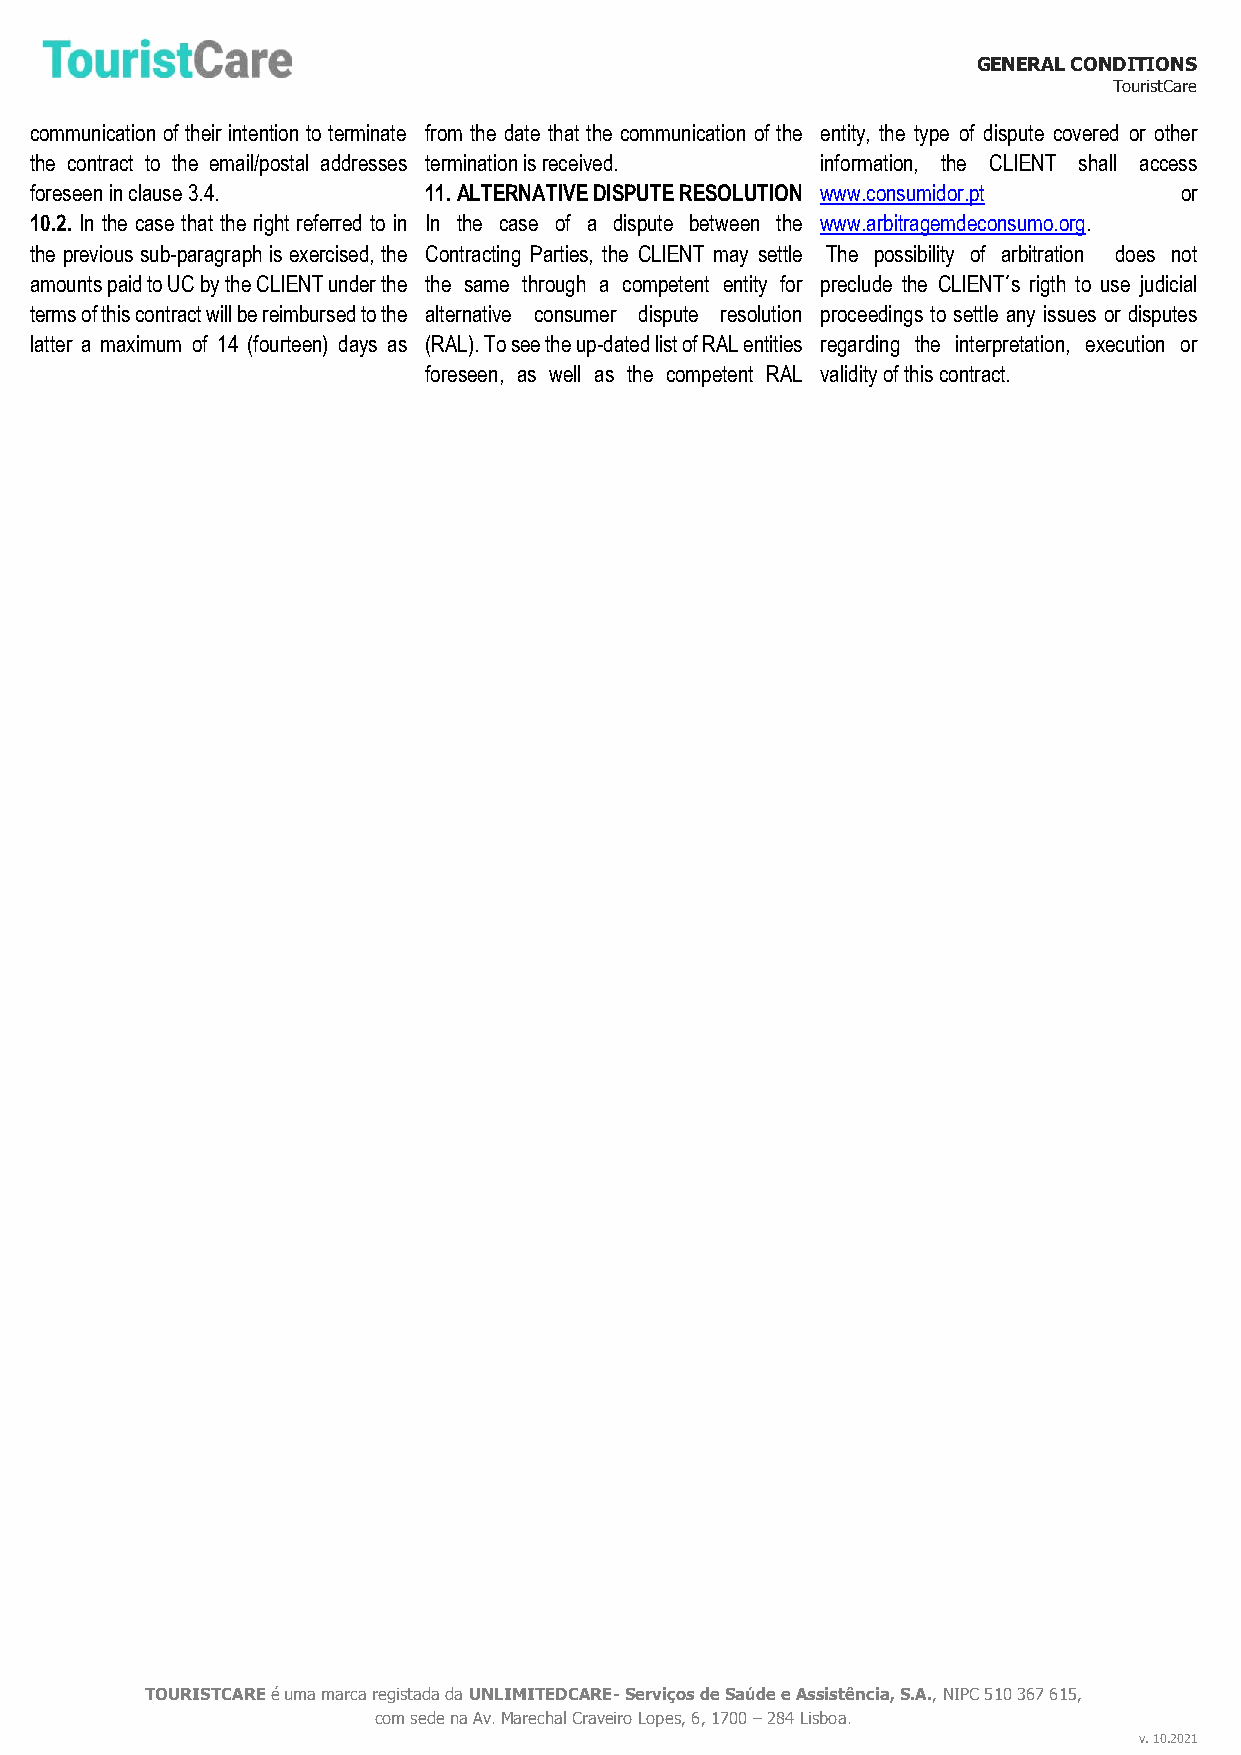
GENERAL CONDITIONS
 TouristCare
 communication of their intention to terminate from the date that the communication of the entity, the type of dispute covered or other
 the contract to the email/postal addresses termination is received. information, the CLIENT shall access
 foreseen in clause 3.4.   11. ALTERNATIVE DISPUTE RESOLUTION www.consumidor.pt or
 10.2. In the case that the right referred to in In the case of a dispute between the www.arbitragemdeconsumo.org.
 the previous sub-paragraph is exercised, the Contracting Parties, the CLIENT may settle The possibility of arbitration does not
 amounts paid to UC by the CLIENT under the the same through a competent entity for preclude the CLIENT´s rigth to use judicial
 terms of this contract will be reimbursed to the alternative consumer dispute resolution proceedings to settle any issues or disputes
 latter a maximum of 14 (fourteen) days as (RAL). To see the up-dated list of RAL entities regarding the interpretation, execution or
 foreseen, as well as the competent RAL validity of this contract.
 TOURISTCARE é uma marca registada da UNLIMITEDCARE- Serviços de Saúde e Assistência, S.A., NIPC 510 367 615,
 com sede na Av. Marechal Craveiro Lopes, 6, 1700 – 284 Lisboa.
 v. 10.2021